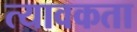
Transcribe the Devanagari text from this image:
त्यावकता